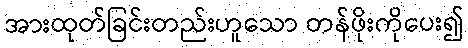
အားထုတ်ခြင်းတည်းဟူသော တန်ဖိုးကိုပေး၍